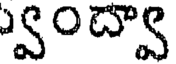
్వంద్వా